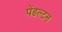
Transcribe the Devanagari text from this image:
पेंडल्टन